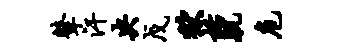
鼙汗央戊狱栝肌危